Leaving Certificate Examination (including Day School Certificate (Higher) General paper), 1939
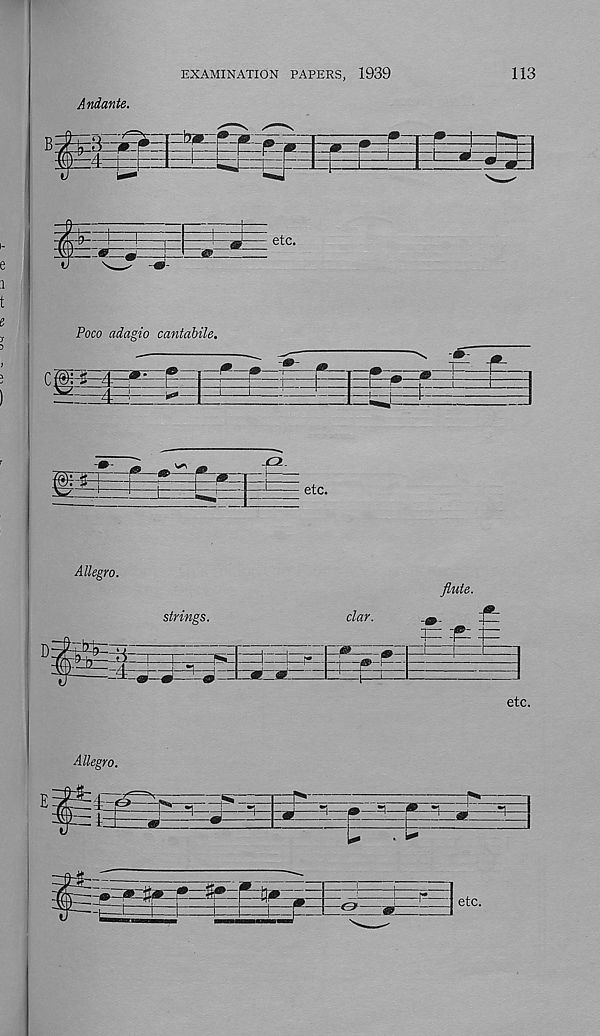
EXAMINATION PAPERS, 1939
113
Andante.
^——
- *
■*«i-
r=t=^=
■* ••-:
etc.
Poco adagio cantabile.
C: 5 i ''
-1=1
-S-f
-i
etc.
Allegro.
flute.
strings.
dar.
'aP— -5r=P-
* <dr
i=z?:
etc.
Allegro.
-=! » -
(*
etc.